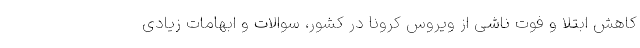
کاهش ابتلا و فوت ناشی از ویروس کرونا در کشور، سوالات و ابهامات زیادی